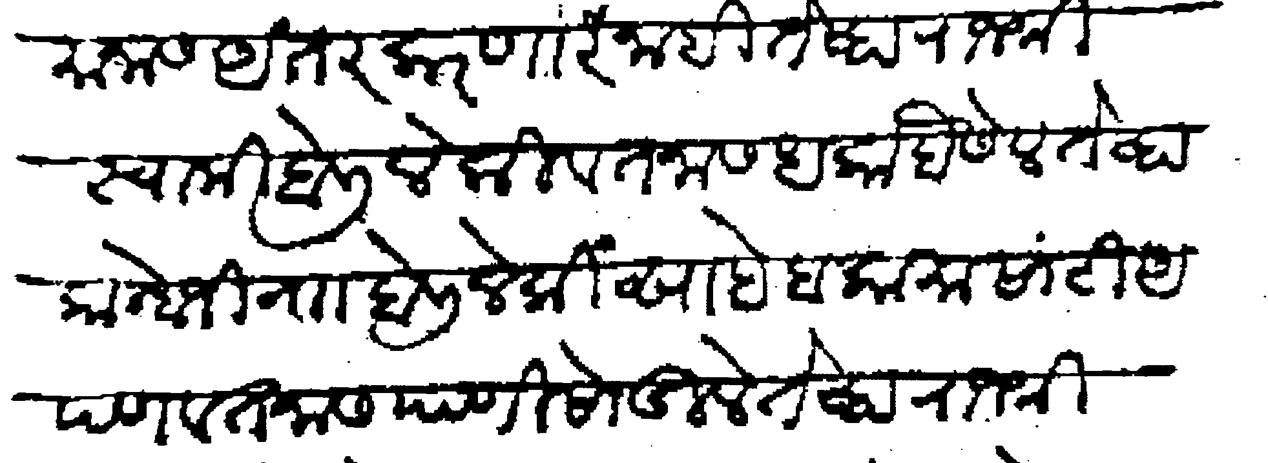
Transliteration (Devanagari): ईमानास अंतर करणार नाही तेव्हा राजश्री स्वामी बोलीले की वतनास धक्का बैसेल तेव्हा कान्होजी नाा बोलीले की साहेब कामासांटी आपण वतनास पाणी सोडीले तेव्हा राजश्री